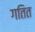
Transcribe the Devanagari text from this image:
गतित